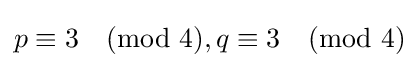
p\equiv 3{\pmod {4}},q\equiv 3{\pmod {4}}